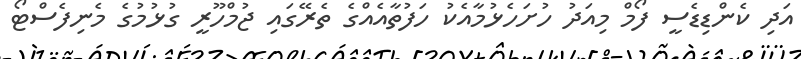
އަދި ކެންޑިޑެސީ ފޯމް މިއަދު ހުށަހެޅުމާއެކު ހަފުތާއެއްގެ ތެރޭގައި ޖުމްހޫރީ ގުޅުމުގެ މެނިފެސްޓޯ